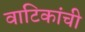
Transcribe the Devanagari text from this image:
वाटिकांची